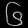
Digit: ၆